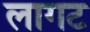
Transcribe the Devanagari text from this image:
लागट